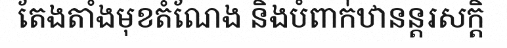
តែងតាំងមុខតំណែង និងបំពាក់ឋានន្តរសក្តិ